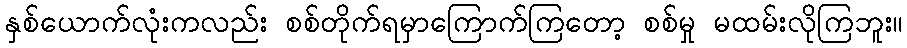
နှစ်ယောက်လုံးကလည်း စစ်တိုက်ရမှာကြောက်ကြတော့ စစ်မှု မထမ်းလိုကြဘူး။